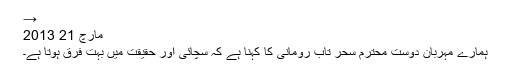
→
مارچ 21 2013
ہمارے مہربان دوست محترم سحر تاب رومانی کا کہنا ہے کہ سچائی اور حقیقت میں بہت فرق ہوتا ہے۔